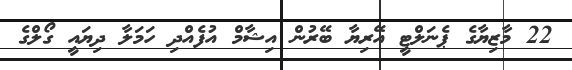
22 މާޒިޔާގެ ޕެނަލްޓީ އޭރިޔާ ބޭރުން އިޝާމް އުފެއްދި ހަމަލާ ދިޔައީ ގޯލްގެ